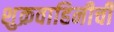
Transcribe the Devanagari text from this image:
शुक्रवाहिनीची